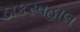
ઠાકરવહાલ